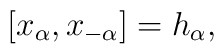
[x_\alpha, x_{-\alpha}] = h_\alpha,